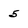
Character: 5